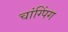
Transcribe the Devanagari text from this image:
चांग्पिंग